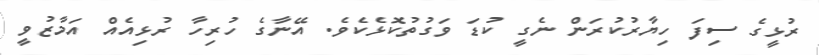
ރުޅީގެ ސިފަ ހިޔާރުކުރަން ނެގީ ކުޑަ ވަގުތުކޮޅެކެވެ. އޭނާގެ ހުރިހާ ރުޅިއެއް އަމާޒުވީ